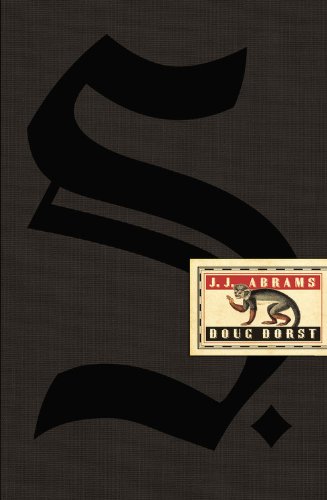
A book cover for S.; Doug Dorst; Mystery, Thriller & Suspense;